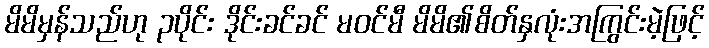
မိမိမှန်သည်ဟု ၃ပိုင်း ဒိုင်းခင်ခင် မဝင်မီ မိမိ၏စိတ်နှလုံးအကြွင်းမဲ့ဖြင့်